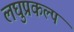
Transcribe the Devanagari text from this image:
लघुप्रकल्प